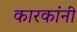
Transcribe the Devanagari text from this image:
कारकांनी